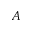
A